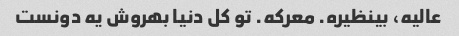
عالیه، بینظیره. معرکه. تو کل دنیا بهروش یه دونست